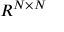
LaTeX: R ^ { N \times N }